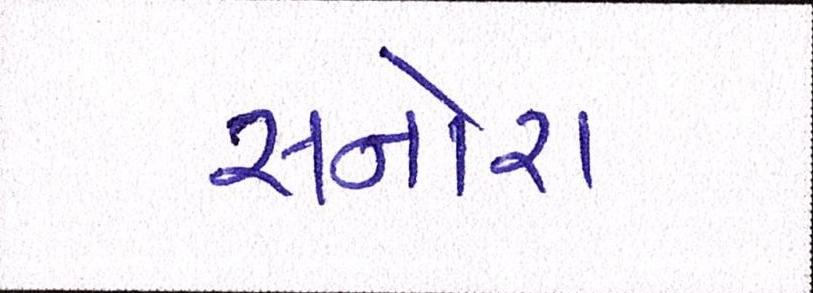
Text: સનોરા